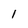
Character: I